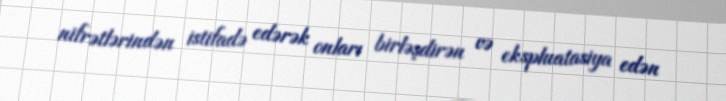
nifrətlərindən istifadə edərək onları birləşdirən və ekspluatasiya edən